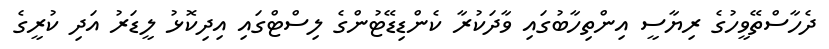
ދެހާސްތޭވީހުގެ ރިޔާސީ އިންތިހާބުގައި ވާދަކުރާ ކެންޑިޑޭޓުންގެ ލިސްޓްގައި އިދިކޮޅު ލީޑަރު އަދި ކުރީގެ